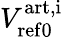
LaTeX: V_{\mathrm{ref0}}^{\mathrm{art,i}}